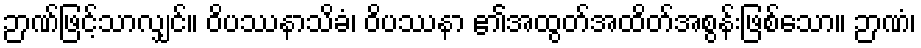
ဉာဏ်ဖြင့်သာလျှင်။ ဝိပဿနာသိခံ၊ ဝိပဿနာ ၏အထွတ်အထိတ်အစွန်းဖြစ်သော။ ဉာဏံ၊